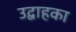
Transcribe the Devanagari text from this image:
उद्वाहका